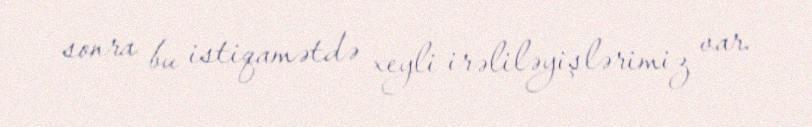
sonra bu istiqamətdə xeyli irəliləyişlərimiz var.